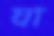
ঘা